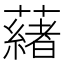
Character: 𬟋